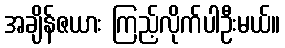
အချိန်ဇယား ကြည့်လိုက်ပါဦးမယ်။